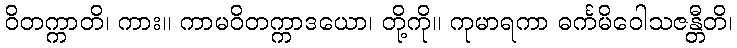
ဝိတက္ကာတိ၊ ကား။ ကာမဝိတက္ကာဒယော၊ တို့ကို။ ကုမာရကာ ဓင်္ကမိဝေါသဇန္တီတိ၊